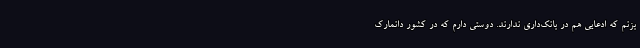
بزنم که ادعایی هم در بانک‌داری ندارند. دوستی دارم که در کشور دانمارک